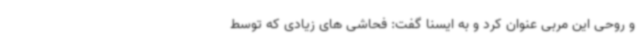
و روحی این مربی عنوان کرد و به ایسنا گفت: فحاشی های زیادی که توسط